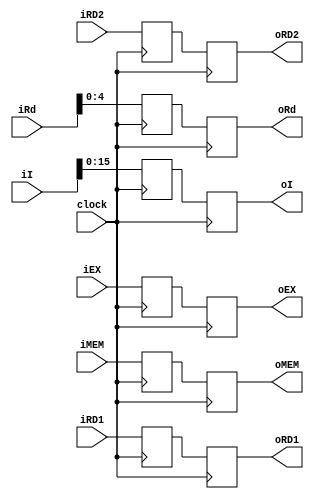
module IDEXbuff(clock, iEX, iMEM, iRD1, iRD2, iRd, iI,
oEX, oMEM, oRD1, oRD2, oRd, oI);
input clock;
input [3:0]iEX;
input [6:0]iMEM;
input [31:0]iRD1, iRD2;
input [5:0]iRd;
input [31:0]iI;

reg [3:0]EX;
reg [6:0]MEM;
reg [31:0]RD1, RD2;
reg [5:0]Rd;
reg [31:0]I;

output reg [3:0]oEX;
output reg [6:0]oMEM;
output reg [31:0]oRD1, oRD2;
output reg [4:0]oRd;
output reg [15:0]oI;

always @(posedge clock) begin
    oEX <= EX;
    oMEM <= MEM;
    oRD1 <= RD1;
    oRD2 <= RD2;
    oRd <= Rd;
    oI <= I;
    
    EX <= iEX;
    MEM <= iMEM;
    RD1 <= iRD1;
    RD2 <= iRD2;
    Rd <= iRd;
    I <= iI;
end

initial begin
    oEX = 0;
    oMEM = 0;
    oRD1 = 0;
    oRD2 = 0;
    oRd = 0;
    oI = 0;
end
endmodule